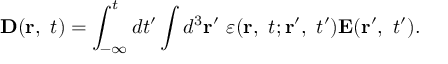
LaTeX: \mathbf { D } ( \mathbf { r } , \ t ) = \int _ { - \infty } ^ { t } d t ^ { \prime } \int d ^ { 3 } \mathbf { r } ^ { \prime } \ \varepsilon ( \mathbf { r } , \ t ; \mathbf { r } ^ { \prime } , \ t ^ { \prime } ) \mathbf { E } ( \mathbf { r } ^ { \prime } , \ t ^ { \prime } ) .